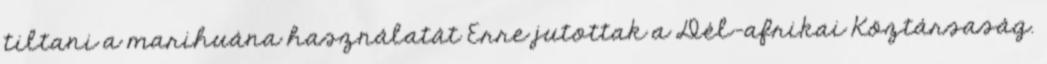
tiltani a marihuána használatát Erre jutottak a Dél-afrikai Köztársaság.